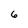
Character: 6